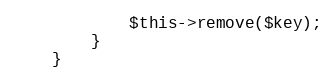
Language: PHP
            $this->remove($key);
        }
    }